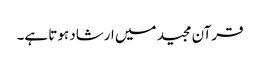
قرآن مجید میں ارشاد ہوتا ہے۔